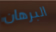
البرهان